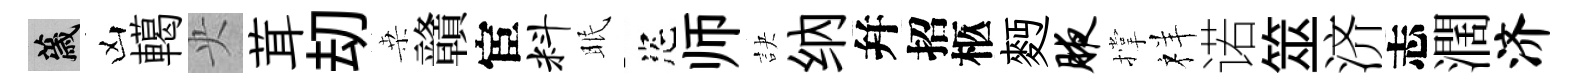
薉凶轕央茸刧桒贛宦料眠恣师訣纳幷招柩麪腋撑祥诺筮济志濶济